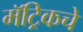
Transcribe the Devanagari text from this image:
मॅट्रिकचे